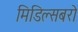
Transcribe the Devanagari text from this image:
मिडिल्सबरो